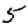
Digit: 5